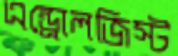
এন্ড্রোলজিস্ট